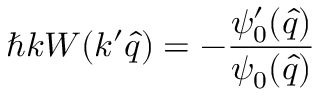
\hbar k W ( k ^ { \prime } \hat { q } ) = - \frac { \psi _ { 0 } ^ { \prime } ( \hat { q } ) } { \psi _ { 0 } ( \hat { q } ) }